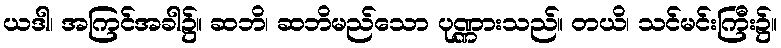
ယဒါ၊ အကြင်အခါ၌။ ဆဘိ၊ ဆဘိမည်သော ပုဏ္ဏားသည်။ တယိ၊ သင်မင်းကြီး၌။